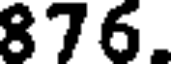
876.